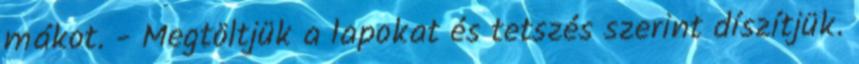
mákot. - Megtöltjük a lapokat és tetszés szerint díszítjük.